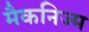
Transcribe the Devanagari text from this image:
मैकनिज्म